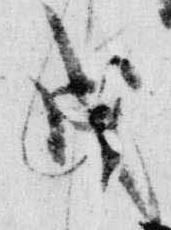
戌